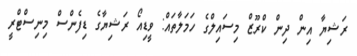
ރަޝިޔާ އިން ދިން ކްރޫޒް މިސައިލްގެ ހަމަލާތައް: ވީޑިއޯ ރަޝިޔާގެ ޑިފެންސް މިނިސްޓްރީ